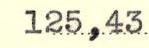
125,43